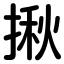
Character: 揪